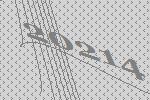
20214